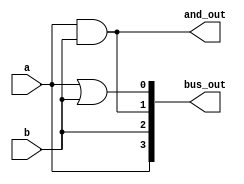
module simple_continuous_assignment (
    input wire a,        // First input
    input wire b,        // Second input
    output wire and_out, // Output for AND operation
    output wire [3:0] bus_out // 4-bit output bus
);

// Continuous assignment for AND operation
assign and_out = a & b; // Output is the logical AND of inputs a and b

// Continuous assignment for bus assignment
assign bus_out = {a, b, a & b, a | b}; // Assigning a bus with various combinations

endmodule